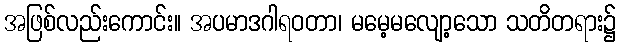
အဖြစ်လည်းကောင်း။ အပမာဒဂါရဝတာ၊ မမေ့မလျော့သော သတိတရား၌